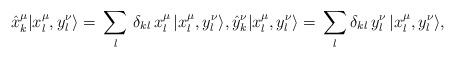
LaTeX: \begin{align*} \hat{x}^\mu_k |x^\mu_l,y^\nu_l\rangle=\,\sum_{l}\,\delta_{kl}\,x^\mu_l\,|x^\mu_l,y^\nu_l\rangle, \hat{y}^\nu_k |x^\mu_l,y^\nu_l\rangle=\,\sum_{l}\delta_{kl}\,y^\nu_l\,|x^\mu_l,y^\nu_l\rangle, \end{align*}